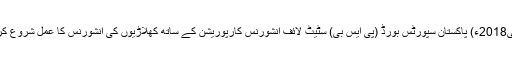
17 مئی2018ء) پاکستان سپورٹس بورڈ (پی ایس بی) سٹیٹ لائف انشورنس کارپوریشن کے ساتھ کھلاڑیوں کی انشورنس کا عمل شروع کرے گا۔